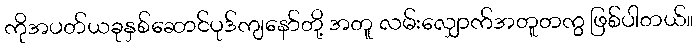
ကိုအပတ်ယခုနှစ်ဆောင်ပုဒ်ကျနော်တို့ အတူ လမ်းလျှောက်အတူတကွ ဖြစ်ပါတယ်။